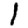
Digit: 1